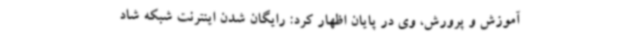
آموزش و پرورش، وی در پایان اظهار کرد: رایگان شدن اینترنت شبکه شاد